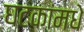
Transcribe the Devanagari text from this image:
घटकांमधे